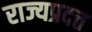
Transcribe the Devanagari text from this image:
राज्यप्रदत्त